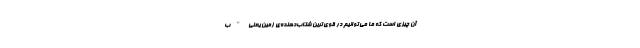
آن چیزی است که ما می‌توانیم در قوی‌ترین شتاب‌دهنده‌ی زمین یعنی "ب